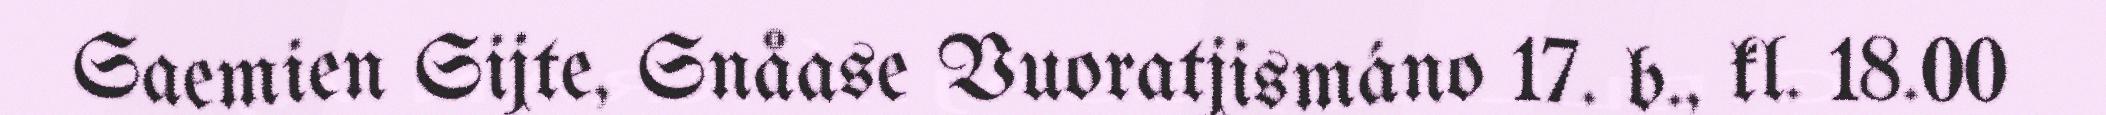
Saemien Sijte, Snåase Vuoratjismáno 17. b., kl. 18.00